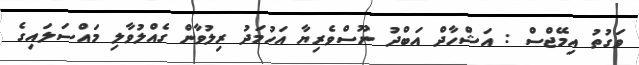
ވަގުތު އިމޭޖްސް : އަޝްހާދް އަބްދު ނޫސްވެރިޔާ އަހުމަދު ރިލުވާން ގެއްލުވާލި މައްސަލައިގެ